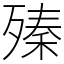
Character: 殝